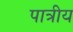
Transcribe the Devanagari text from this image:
पात्रीय